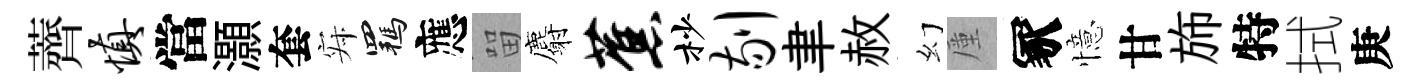
薺慎當灝套寂羈應㽞麝蕉杪剔聿赦幻厪冢憶甘斾特拭庚